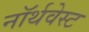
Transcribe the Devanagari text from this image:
नॉर्थवेस्‍ट